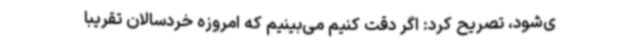
ی‌شود، تصریح کرد: اگر دقت کنیم می‌بینیم که امروزه خردسالان تقریبا